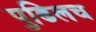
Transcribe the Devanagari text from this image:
पुढिलच